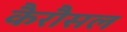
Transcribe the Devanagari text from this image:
कैरौसल